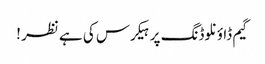
گیم ڈاؤنلوڈنگ پر ہیکرس کی ہے نظر !